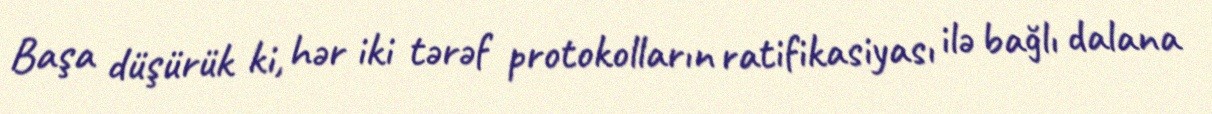
Başa düşürük ki, hər iki tərəf protokolların ratifikasiyası ilə bağlı dalana